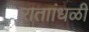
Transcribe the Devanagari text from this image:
राताांधळी